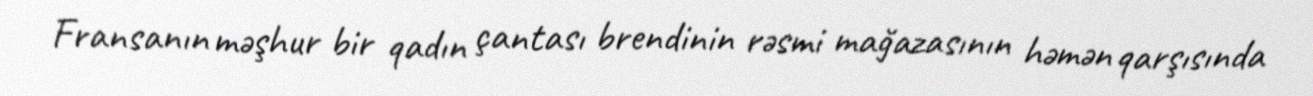
Fransanın məşhur bir qadın çantası brendinin rəsmi mağazasının həmən qarşısında